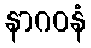
နာဂဝနံ